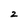
Character: 2